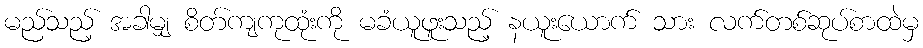
မည်သည့် အခါမျှ စိတ်ကျကုထုံးကို မခံယူဖူးသည့် နယူးယောက် သား လက်တစ်ဆုပ်စာထဲမှ